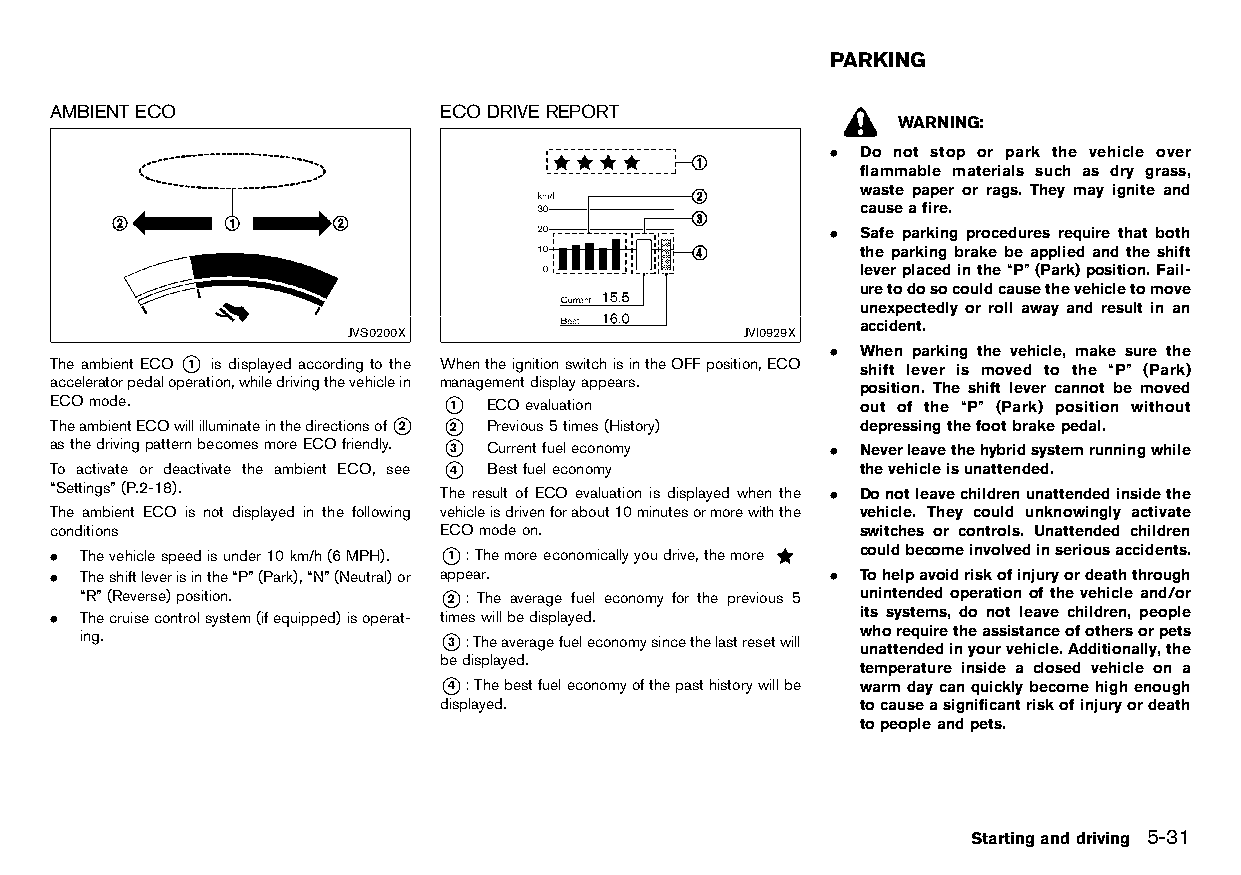
(215,1)
 PARKING
 HT32A1-4EA3AC09-F236-4911-80A7-FA5BD8B3C037
 AMBIENTECO                ECODRIVE REPORT
 HT32A1-9809FFEA-AECE-412F-A92C-66A486882392 HT32A1-50E23061-A0D4-48FA-B1AB-3D81CC65EBC0 WARNING:
 . Do not stop or park the vehicle over
 flammable materials such as dry grass,
 waste paper or rags. They may ignite and
 causeafire.
 . Safe parking procedures require that both
 the parking brake be applied and the shift
 leverplacedinthe“P”(Park)position.Fail-
 uretodosocouldcausethevehicletomove
 unexpectedly or roll away and result in an
 accident.
 JVS0200X                  JVI0929X
 . When parking the vehicle, make sure the
 The ambient ECO *1 is displayed according to the WhentheignitionswitchisintheOFFposition,ECO shift lever is moved to the “P” (Park)
 acceleratorpedaloperation,whiledrivingthevehiclein managementdisplayappears. position. The shift lever cannot be moved
 ECOmode.                  *1 ECOevaluation            out of the “P” (Park) position without
 TheambientECOwillilluminateinthedirectionsof*2 *2 Previous5times(History) depressingthefootbrakepedal.
 asthedrivingpatternbecomesmoreECOfriendly. *3 Currentfueleconomy . Neverleavethehybridsystemrunningwhile
 To activate or deactivate the ambient ECO, see *4 Bestfueleconomy thevehicleisunattended.
 “Settings”(P.2-18).       The result of ECO evaluation is displayed when the . Donotleavechildrenunattendedinsidethe
 The ambient ECO is not displayed in the following vehicleisdrivenforabout10minutesormorewiththe vehicle. They could unknowingly activate
 conditions                ECOmodeon.                  switches or controls. Unattended children
 . Thevehiclespeedisunder10km/h(6MPH). *1 :Themoreeconomicallyyoudrive,themore couldbecomeinvolvedinseriousaccidents.
 . Theshiftleverisinthe“P”(Park),“N”(Neutral)or appear. . Tohelpavoidriskofinjuryordeaththrough
 “R”(Reverse)position.   *2 : The average fuel economy for the previous 5 unintended operation ofthevehicle and/or
 . Thecruisecontrolsystem(ifequipped)isoperat- timeswillbedisplayed. its systems, do not leave children, people
 ing.                    *3 :Theaveragefueleconomysincethelastresetwill w unh ao ttr ee nq du eir de it nhe yoa us rs vis et ha in cc lee .o Af do dt ih tie or ns ao llr y,p te ht es
 bedisplayed.
 temperature inside a closed vehicle on a
 *4 :Thebestfueleconomyofthepasthistorywillbe warmdaycanquicklybecomehighenough
 displayed.                  tocauseasignificantriskofinjuryordeath
 topeopleandpets.
 Startinganddriving 5-31
 Condition:                        [Edit:2015/8/24 Model: HT32-A]